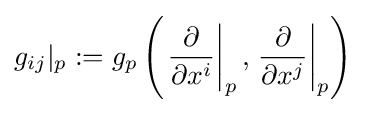
g_{ij}|_{p}:=g_{p}\left(\left.{\frac {\partial }{\partial x^{i}}}\right|_{p},\left.{\frac {\partial }{\partial x^{j}}}\right|_{p}\right)